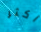
أكثر